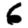
Digit: 6